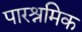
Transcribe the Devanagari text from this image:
पारश्रमिक